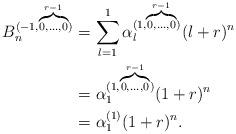
LaTeX: \begin{align*}B_n^{(-1,\overbrace {\scriptstyle{0,\ldots,0}}^{r-1})}&=\displaystyle \sum_{l=1}^{1} {\alpha}_l^{(1,\overbrace {\scriptstyle{0,\ldots,0}}^{r-1})} (l+r)^n\\&={\alpha}_1^{(1,\overbrace {\scriptstyle{0,\ldots,0}}^{r-1})}(1+r)^n\\&={\alpha}_1^{(1)}(1+r)^n .\end{align*}